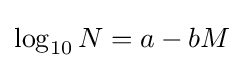
\log _{10}N=a-bM